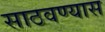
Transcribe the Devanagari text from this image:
साठवण्यास